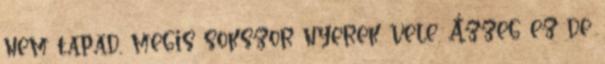
nem tapad, megis sokszor nyerek vele. Ázzeg ez de